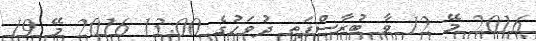
2016 މޭ 12 ވާ ބުރާސްފަތި ދުވަހުގެ 13:00 2016 މޭ 19